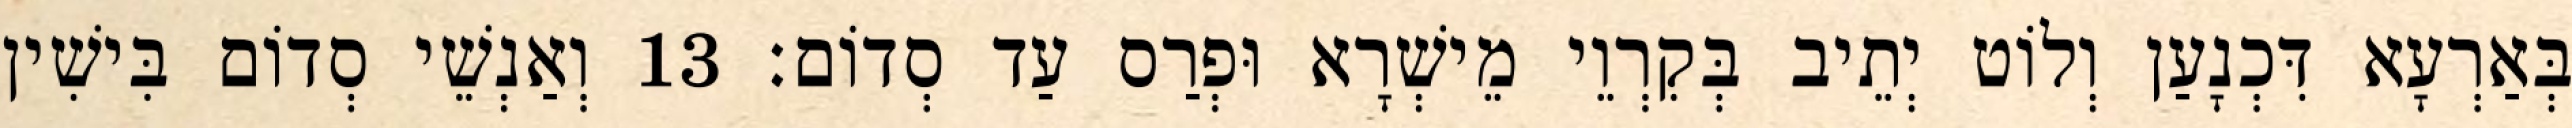
בְּאַרְעָא דִּכְנָעַן וְלוֹט יְתֵיב בְּקִרְוֵי מֵישְׁרָא וּפְרַס עַד סְדוֹם׃ 13 וְאַנְשֵׁי סְדוֹם בִּישִׁין